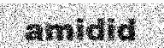
amidid